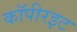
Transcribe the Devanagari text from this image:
कॉपीरइट